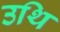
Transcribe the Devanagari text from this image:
उथि